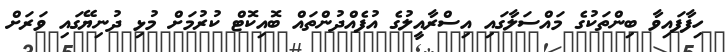
ހިފާފައިވާ ބިންތަކުގެ މައްސަލާގައި އިސްރާއީލުގެ އުފެއްދުންތައް ބޮއިކޮޓް ކުރުމަށް މުޅި ދުނިޔޭގައި ވަރަށް